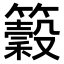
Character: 𥵠